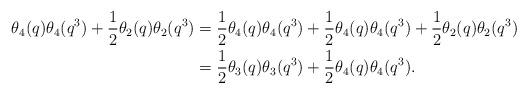
LaTeX: \begin{align*} \theta_4(q)\theta_4(q^3)+\dfrac{1}{2}\theta_2(q)\theta_2(q^3) &= \dfrac{1}{2}\theta_4(q)\theta_4(q^3)+\dfrac{1}{2}\theta_4(q)\theta_4(q^3)+\dfrac{1}{2}\theta_2(q)\theta_2(q^3)\\ &= \dfrac{1}{2}\theta_3(q)\theta_3(q^3)+\dfrac{1}{2}\theta_4(q)\theta_4(q^3).\end{align*}